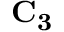
\mathbf { C _ { 3 } }